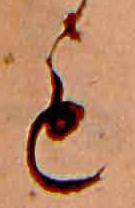
も